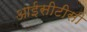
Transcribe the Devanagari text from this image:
आईसीटीसी